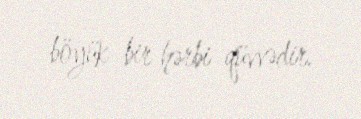
böyük bir hərbi qüvvədir.